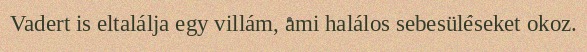
Vadert is eltalálja egy villám, ami halálos sebesüléseket okoz.